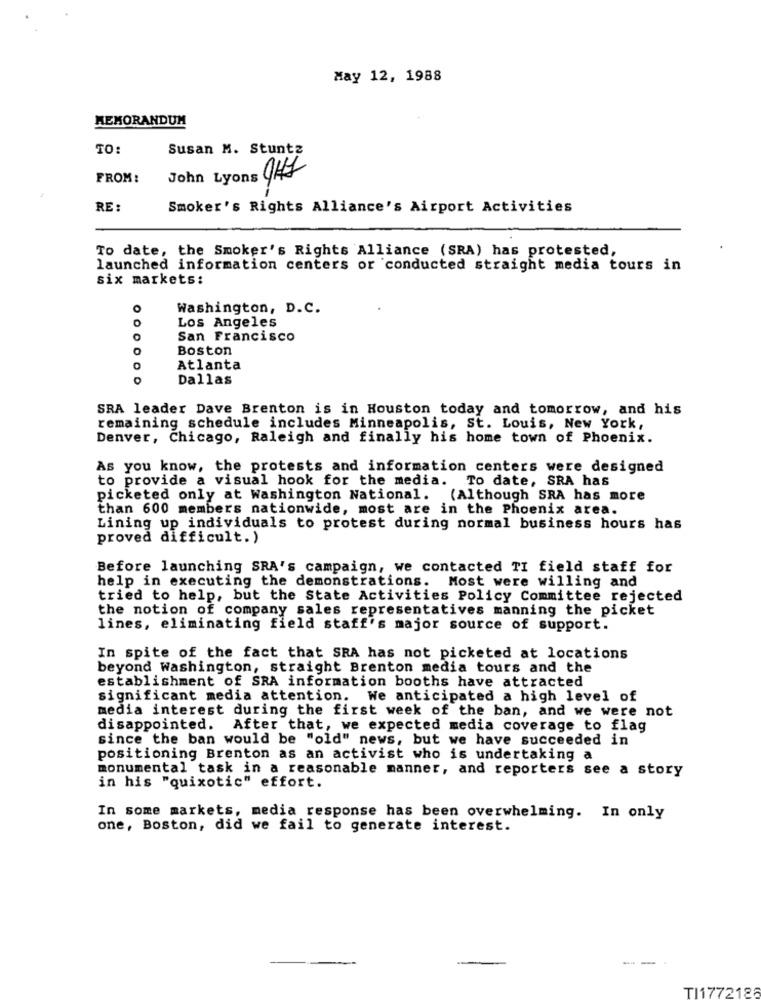
May 12, 1988
MEMORANDUM
TO:
Susan M. Stuntz
FROM:
John Lyons 947
RE:
Smoker's Rights Alliance's Airport Activities
To date, the Smoker's Rights Alliance (SRA) has protested,
launched information centers or conducted straight media tours in
six markets:
Washington, D.C.
o
Los Angeles
San Francisco
0
Boston
Atlanta
0
Dallas
SRA leader Dave Brenton is in Houston today and tomorrow, and his
remaining schedule includes Minneapolis, St. Louis, New York,
Denver, Chicago, Raleigh and finally his home town of Phoenix.
As you know, the protests and information centers were designed
to provide a visual hook for the media. To date, SRA has
picketed only at Washington National. (Although SRA has more
than 600 members nationwide, most are in the Phoenix area.
Lining up individuals to protest during normal business hours has
proved difficult. )
Before launching SRA's campaign, we contacted TI field staff for
help in executing the demonstrations.
Most were willing and
tried to help, but the State Activities Policy Committee rejected
the notion of company sales representatives manning the picket
lines, eliminating field staff's major source of support.
In spite of the fact that SRA has not picketed at locations
beyond Washington, straight Brenton media tours and the
establishment of SRA information booths have attracted
significant media attention. We anticipated a high level of
media interest during the first week of the ban, and we were not
disappointed. After that, we expected media coverage to flag
since the ban would be "old" news, but we have succeeded in
positioning Brenton as an activist who is undertaking a
monumental task in a reasonable manner, and reporters see a story
in his "quixotic" effort.
In some markets, media response has been overwhelming. In only
one, Boston, did we fail to generate interest.
--
TI1772188